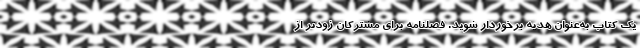
یک کتاب به‌عنوان هدیه برخوردار شوید. فصلنامه برای مشترکان زودتر از